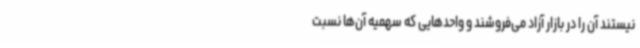
نیستند آن را در بازار آزاد می‌فروشند و واحدهایی که سهمیه آن‌ها نسبت